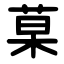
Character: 菒